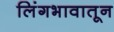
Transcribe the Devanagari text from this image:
लिंगभावातून